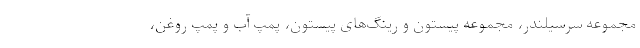
مجموعه سرسیلندر، مجموعه پیستون و رینگ‌های پیستون، پمپ آب و پمپ روغن،